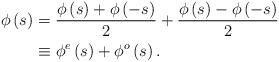
LaTeX: \begin{align*}\phi\left(s\right) & =\frac{\phi\left(s\right)+\phi\left(-s\right)}{2}+\frac{\phi\left(s\right)-\phi\left(-s\right)}{2}\\& \equiv\phi^{e}\left(s\right)+\phi^{o}\left(s\right).\end{align*}